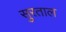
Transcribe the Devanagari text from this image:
सुरताल